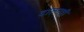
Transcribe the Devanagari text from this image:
दालनही